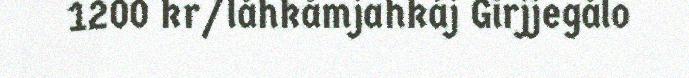
1200 kr/låhkåmjahkáj Girjjegålo